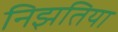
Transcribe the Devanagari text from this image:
निझतिया